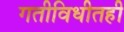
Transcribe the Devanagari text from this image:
गतीविधीतही